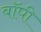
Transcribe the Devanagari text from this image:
बॉपी